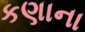
કણાના